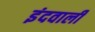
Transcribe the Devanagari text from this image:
इंदवाली